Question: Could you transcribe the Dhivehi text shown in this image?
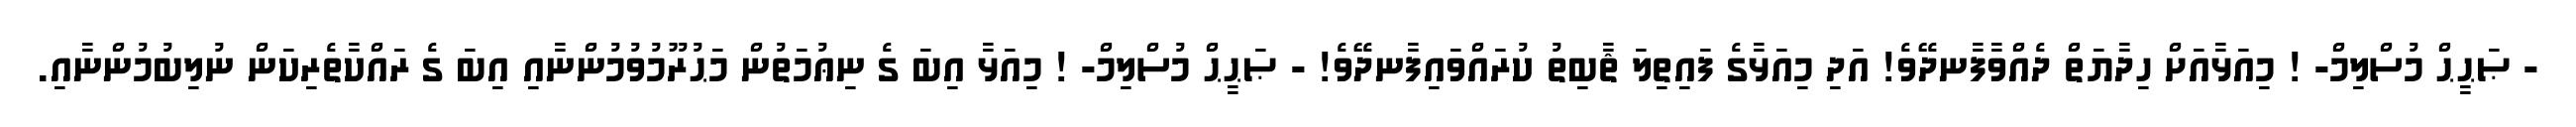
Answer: - ޞަޙީޙް މުސްލިމް- ! މިއަޅާއަށް ހިދާޔަތް ދެއްވާފާނދޭވެ! އަދި މިއަޅާގެ ފައިތިލަ ޘާބިތު ކުރައްވައިފާނދޭވެ! - ޞަޙީޙް މުސްލިމް- ! މިއަޅާ އިބަ ގެ ނިޢުމަތުން މަޙުރޫމުވުމުންނާއި އިބަ ގެ ރައްކާތެރިކަން ނުލިބުމުންނާއި.